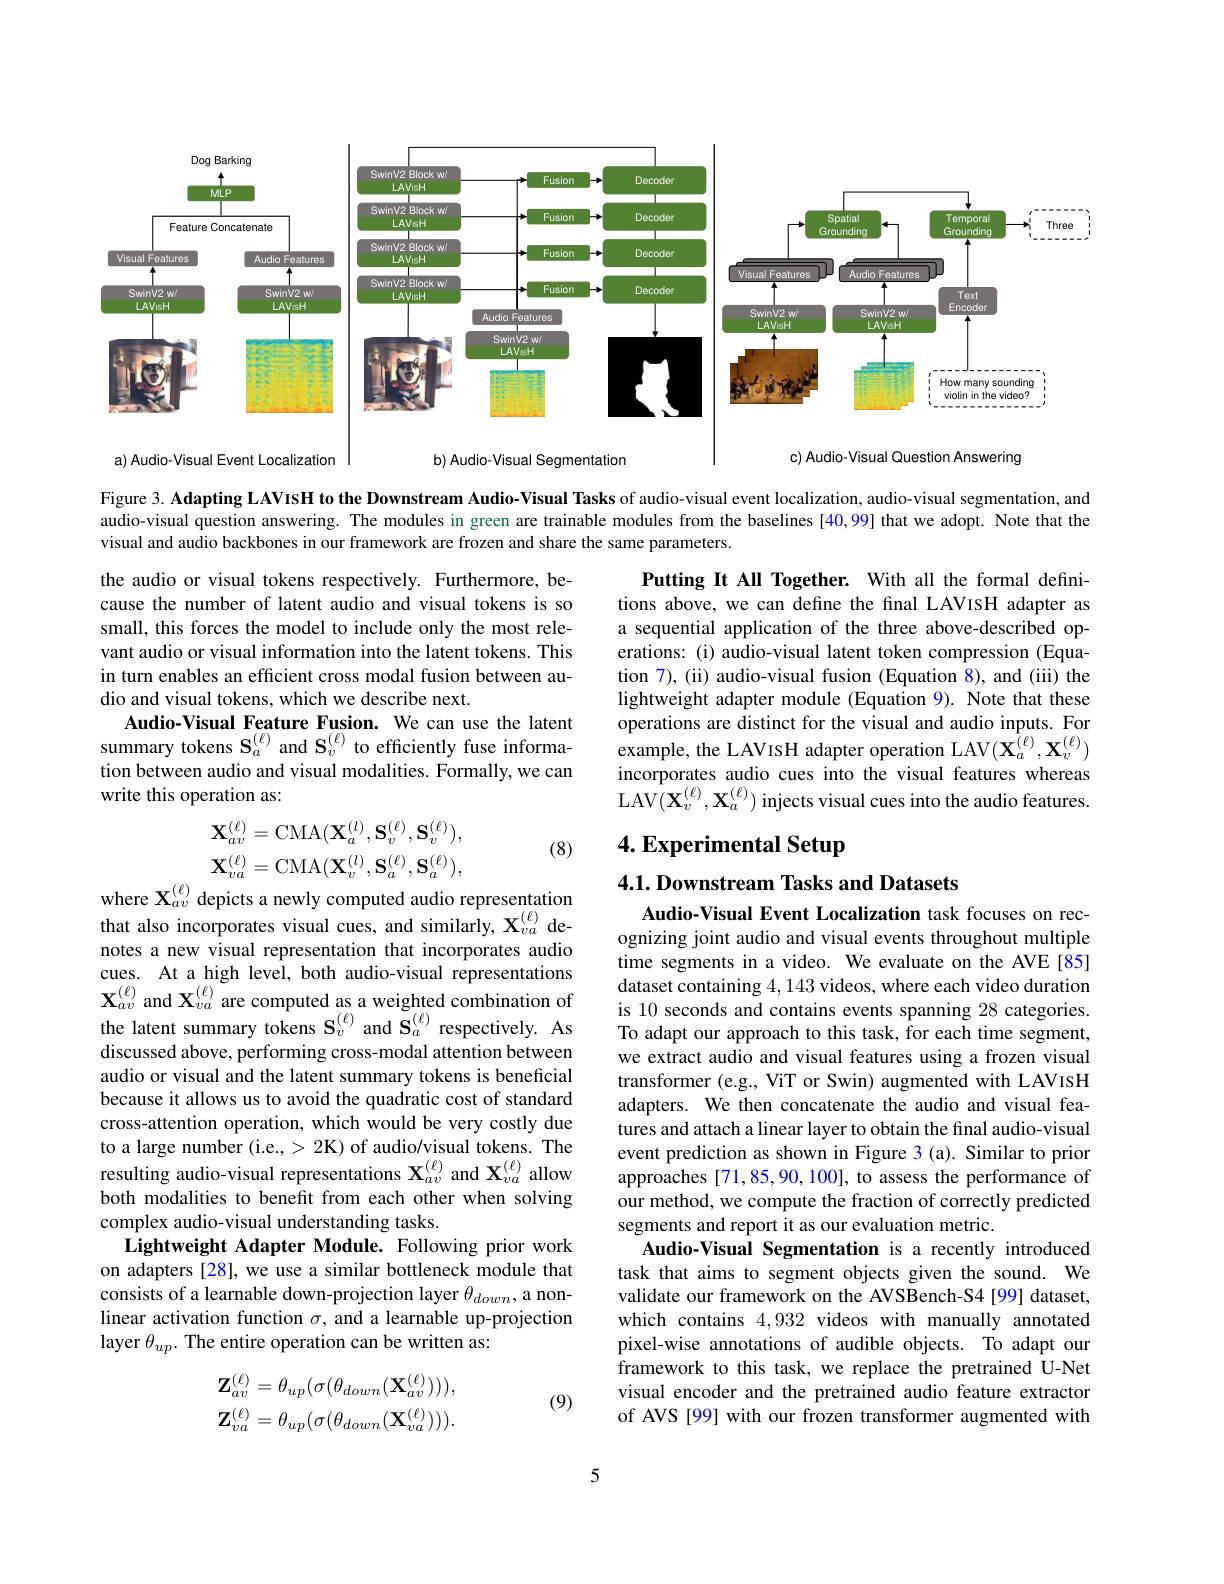
<FigureHere>
a) Audio-Visual Event Localization
Audio-Visual Segmentation

Figure 3. Adapting LAVIsH to the Downstream Audio-Visual Tasks of audio-visual event localization, audio-visual segmentation, and audio-visual question answering. The modules in green are trainable modules from the baselines [40,99] that we adopt. Note that the visual and audio backbones in our framework are frozen and share the same parameters.

the audio or visual tokens respectively. Furthermore, because the number of latent audio and visual tokens is so small, this forces the model to include only the most relevant audio or visual information into the latent tokens. This in turn enables an efficient cross modal fusion between audio and visual tokens, which we describe next.
Audio-Visual Feature Fusion. We can use the latent summary tokens $\mathbf{S}_{a}^{(\ell)}$ and $\mathbf{S}_v^{(\ell)}$ to efficiently fuse information between audio and visual modalities. Formally, we can write this operation as:

Putting It All Together. With all the formal definitions above, we can define the final LAVISH adapter as a sequential application of the three above-described operations: (i) audio-visual latent token compression (Equation 7), (ii) audio-visual fusion (Equation 8), and (iii) the lightweight adapter module (Equation 9). Note that these operations are distinct for the visual and audio inputs. For example, the LAVISH adapter operation LAV$(\hat{\mathbf{X}}_{a}^{(\ell)},\mathbf{X}_{v}^{(\ell)})$ incorporates audio cues into the visual features whereas LAV$(\mathbf{X}_v^{(\ell)},\mathbf{X}_a^{(\ell)})$ injects visual cues into the audio features.

## 4. Experimental Setup
$$\mathbf{X}_{av}^{(\ell)}=\mathrm{CMA}(\mathbf{X}_{a}^{(l)},\mathbf{S}_{v}^{(\ell)},\mathbf{S}_{v}^{(\ell)}),\\\mathbf{X}_{va}^{(\ell)}=\mathrm{CMA}(\mathbf{X}_{v}^{(l)},\mathbf{S}_{a}^{(\ell)},\mathbf{S}_{a}^{(\ell)}),$$
where $\mathbf{X}_{av}^{(\ell)}$ depicts a newly computed audio representation

(8)

4.1. Downstream Tasks and Datasets

that also incorporates visual cues, and similarly, $\mathbf{X}_{va}^{(\ell)}$ denotes a new visual representation that incorporates audio cues. At a high level, both audio-visual representations $\mathbf{X}_{av}^{(\ell)}$ and $\mathbf{X}_va^{(\ell)}$ are computed as a weighted combination of the latent summary tokens $\mathbf{S}_v^{(\ell)}$ and $\tilde{\mathbf{S}}_a^{(\ell)}$ respectively. As discussed above, performing cross-modal attention between audio or visual and the latent summary tokens is beneficial because it allows us to avoid the quadratic cost of standard cross-attention operation, which would be very costly due to a large number (i.e.,>2K) of audio/visual tokens. The resulting audio-visual representations $\mathbf{X}_{av}^{(\ell)}$ and $\mathbf{X}_{va}^{(\ell)}$ allow both modalities to benefit from each other when solving complex audio-visual understanding tasks.
Lightweight Adapter Module. Following prior work on adapters [28], we use a similar bottleneck module that consists of a learnable down-projection layer $\theta_{down}$, a nonlinear activation function $\sigma$, and a learnable up-projection layer $\theta_up.$ The entire operation can be written as:

Audio-Visual Event Localization task focuses on recognizing joint audio and visual events throughout multiple time segments in a video. We evaluate on the AVE[85] dataset containing 4,143 videos, where each video duration is 10 seconds and contains events spanning 28 categories. To adapt our approach to this task, for each time segment, we extract audio and visual features using a frozen visual transformer (e.g., ViT or Swin) augmented with LAVISH adapters. We then concatenate the audio and visual features and attach a linear layer to obtain the final audio-visual event prediction as shown in Figure 3 (a). Similar to prior approaches [71,85,90,100], to assess the performance of our method, we compute the fraction of correctly predicted segments and report it as our evaluation metric.
Audio-Visual Segmentation is a recently introduced task that aims to segment objects given the sound. We validate our framework on the AVSBench-S4 [99] dataset, which contains 4,932 videos with manually annotated pixel-wise annotations of audible objects. To adapt our framework to this task, we replace the pretrained U-Net visual encoder and the pretrained audio feature extractor of AVS [99] with our frozen transformer augmented with
$$\mathbf{Z}_{av}^{(\ell)}=\theta_{up}(\sigma(\theta_{down}(\mathbf{X}_{av}^{(\ell)}))),\\\mathbf{Z}_{va}^{(\ell)}=\theta_{up}(\sigma(\theta_{down}(\mathbf{X}_{va}^{(\ell)}))).$$
(9)

5